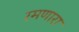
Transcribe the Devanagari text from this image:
रमणारा